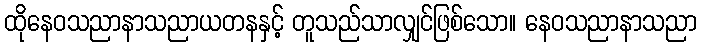
ထိုနေဝသညာနာသညာယတနနှင့် တူသည်သာလျှင်ဖြစ်သော။ နေဝသညာနာသညာ